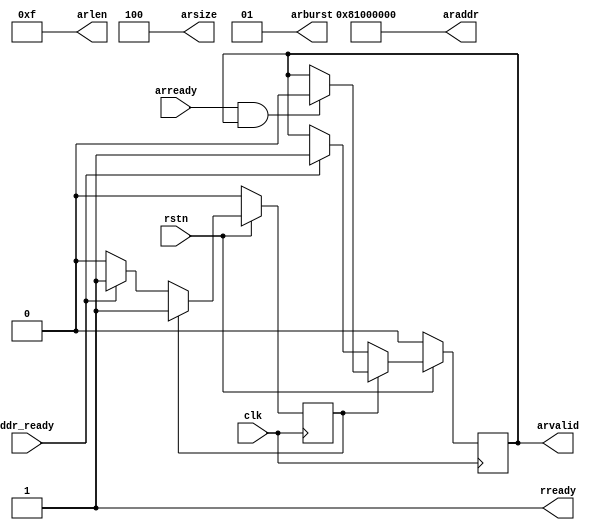
module ddr_ctr_rd_test (
    input clk,
    input rstn,
    output wire [31:0] araddr,
    output reg arvalid,
    output wire [7:0] arlen,
    output wire [2:0] arsize,
    output wire [1:0] arburst,
    input arready,
    output rready,
    input ddr_ready
);

assign araddr = 32'h8100_0000;
assign arlen = 'd15;
assign arsize = 'd4;
assign arburst =2'b01;
assign rready = 1'b1;
reg flag = 0;
always @(posedge clk) begin
    if (~rstn) begin
        arvalid <= 1'b0;
        flag <= 0;
    end
    else begin
        if (~flag) begin
            if (ddr_ready) begin
                flag <= 1;
                arvalid <= 1;
            end
        end
        else if (arready & arvalid) begin
            arvalid <= 0;
        end
    end
end

endmodule